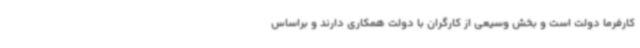
کارفرما دولت است و بخش وسیعی از کارگران با دولت همکاری دارند و براساس